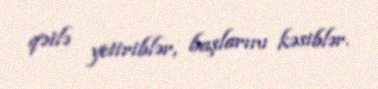
qətlə yetiriblər, başlarını kəsiblər.